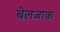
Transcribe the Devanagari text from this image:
बेलजाक